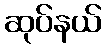
ဆုပ်နယ်